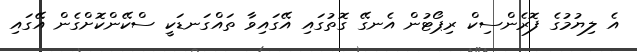
އެ ލިޔުމުގެ ފޮރެންސިކް ރިޕޯޓުން އެނގޭ ގޮތުގައި އޭގައިވާ ތައްގަނޑަކީ ސްކޭންކޮށްގެން އޭގައި